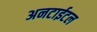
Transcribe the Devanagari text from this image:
अनटाईटल